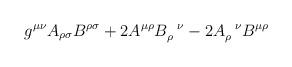
LaTeX: \begin{align*}g^{\mu\nu}A_{\rho\sigma}B^{\rho\sigma} + 2A^{\mu\rho}B_\rho^{\;\;\;\nu}- 2A_\rho^{\;\;\;\nu}B^{\mu\rho}\end{align*}